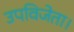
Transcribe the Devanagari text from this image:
उपविजेता।